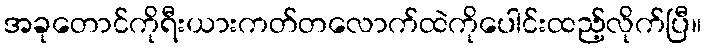
အခုတောင်ကိုရီးယားကတ်တလောက်ထဲကိုပေါင်းထည့်လိုက်ပြီ။